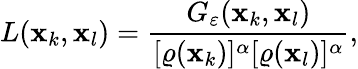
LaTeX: L(\mathbf{x}_{k},\mathbf{x}_{l})=\frac{G_{\varepsilon}(\mathbf{x}_{k},\mathbf{x}_{l})}{[\varrho(\mathbf{x}_{k})]^{\alpha}[\varrho(\mathbf{x}_{l})]^{\alpha}},